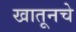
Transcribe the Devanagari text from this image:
खातूनचे